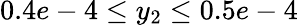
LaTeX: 0.4e-4\leq y_{2}\leq 0.5e-4